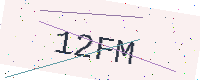
Text: 12FM